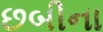
છબીના